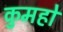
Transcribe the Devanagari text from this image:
कुमहो